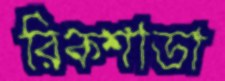
রিকশাডা